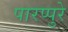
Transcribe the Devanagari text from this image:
पारप्पुरे